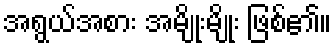
အရွယ်အစား အမျိုးမျိုး ဖြစ်၏။